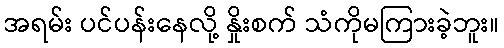
အရမ်း ပင်ပန်းနေလို့ နှိုးစက် သံကိုမကြားခဲ့ဘူး။